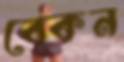
বেকন